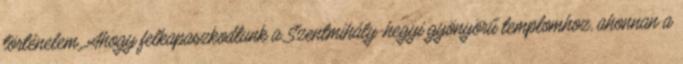
történelem. Ahogy felkapaszkodtunk a Szentmihály-hegyi gyönyörű templomhoz, ahonnan a